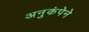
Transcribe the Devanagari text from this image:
अनुकंपेने